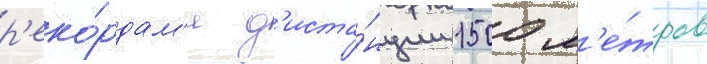
р'еко́рдам'и д'иста́нции 1500 м'е́тров